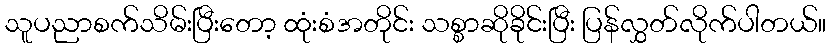
သူပညာစက်သိမ်းပြီးတော့ ထုံးစံအတိုင်း သစ္စာဆိုခိုင်းပြီး ပြန်လွှတ်လိုက်ပါတယ်။